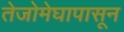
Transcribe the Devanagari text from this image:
तेजोमेघापासून